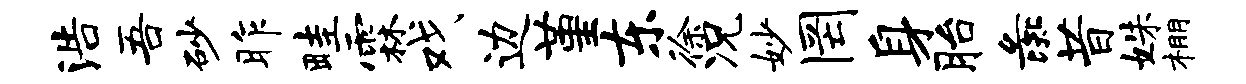
浩吾砂昨畦霖戏边堇东徐况妙罔身胎彘昔姝棚